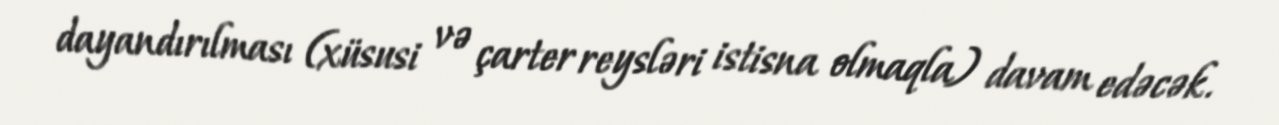
dayandırılması (xüsusi və çarter reysləri istisna olmaqla) davam edəcək.